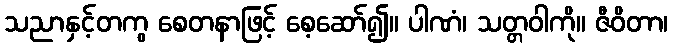
သညာနှင့်တကွ စေတနာဖြင့် စေ့ဆော်၍။ ပါဏံ၊ သတ္တဝါကို။ ဇီဝိတာ၊